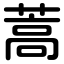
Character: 蒿